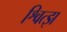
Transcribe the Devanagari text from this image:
श्वित्झ